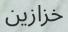
خزازين